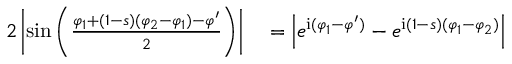
\begin{array} { r l } { 2 \left| \sin \left( \frac { \varphi _ { 1 } + ( 1 - s ) ( \varphi _ { 2 } - \varphi _ { 1 } ) - \varphi ^ { \prime } } { 2 } \right) \right| } & { { } = \left| e ^ { \mathrm { i } ( \varphi _ { 1 } - \varphi ^ { \prime } ) } - e ^ { \mathrm { i } ( 1 - s ) ( \varphi _ { 1 } - \varphi _ { 2 } ) } \right| } \end{array}